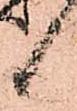
候